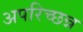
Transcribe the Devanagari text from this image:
अपरिच्छन्न